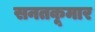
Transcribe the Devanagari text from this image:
सनतकूमार